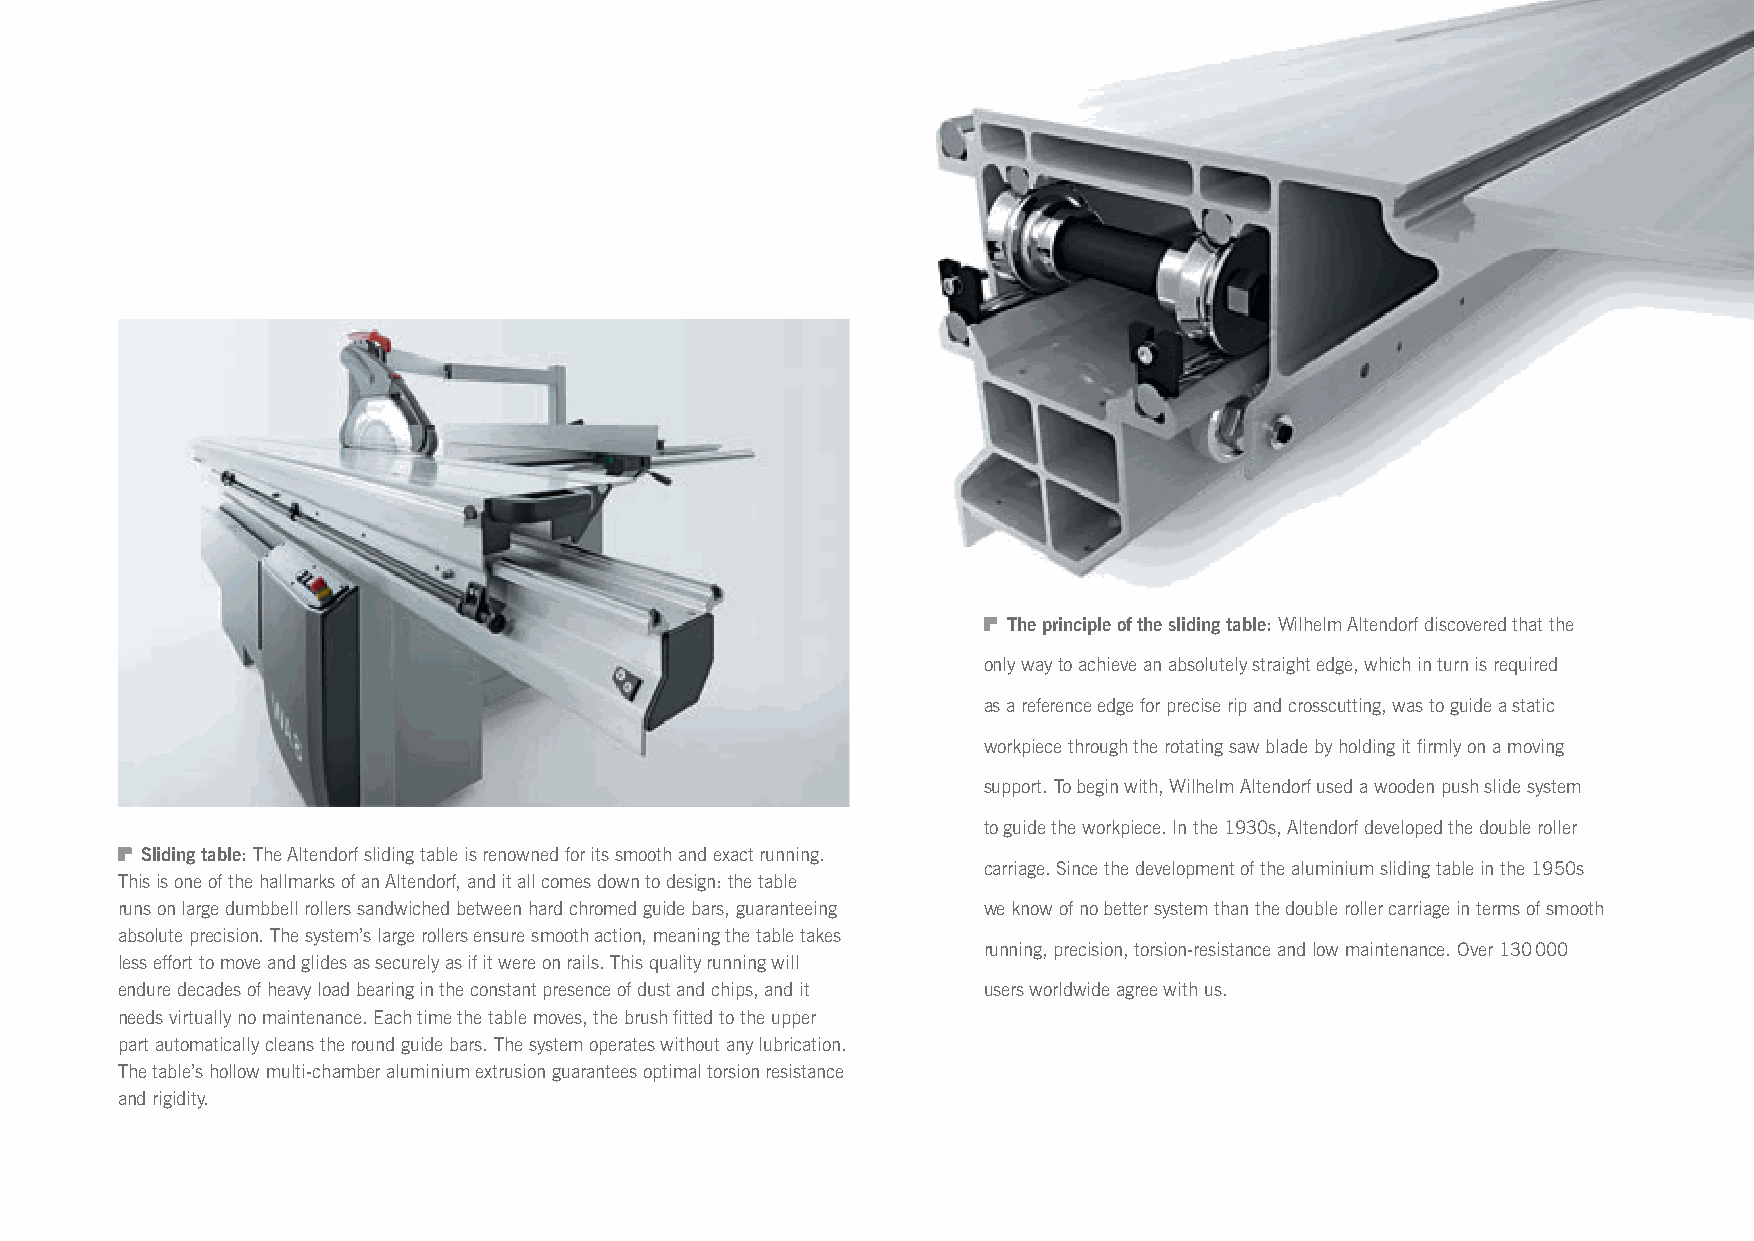
The principle of the sliding table: Wilhelm Altendorf discovered that the
 only way to achieve an absolutely straight edge, which in turn is required
 as a reference edge for precise rip and crosscutting, was to guide a static
 workpiece through the rotating saw blade by holding it firmly on a moving
 support. To begin with, Wilhelm Altendorf used a wooden push slide system
 to guide the workpiece. In the 1930s, Altendorf developed the double roller
 Sliding table: The Altendorf sliding table is renowned for its smooth and exact running.
 carriage. Since the development of the aluminium sliding table in the 1950s
 This is one of the hallmarks of an Altendorf, and it all comes down to design: the table
 runs on large dumbbell rollers sandwiched between hard chromed guide bars, guaranteeing we know of no better system than the double roller carriage in terms of smooth
 absolute precision. The system’s large rollers ensure smooth action, meaning the table takes
 running, precision, torsion-resistance and low maintenance. Over 130 000
 less effort to move and glides as securely as if it were on rails. This quality running will
 endure decades of heavy load bearing in the constant presence of dust and chips, and it users worldwide agree with us.
 needs virtually no maintenance. Each time the table moves, the brush fitted to the upper
 part automatically cleans the round guide bars. The system operates without any lubrication.
 The table’s hollow multi-chamber aluminium extrusion guarantees optimal torsion resistance
 and rigidity.